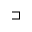
\sqsupset